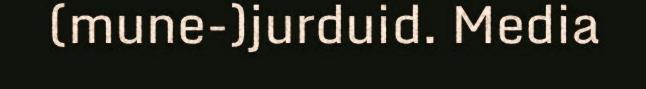
(mune-)jurduid. Media